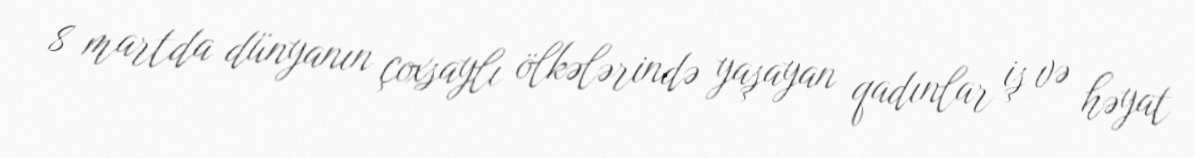
8 martda dünyanın çoxsaylı ölkələrində yaşayan qadınlar iş və həyat